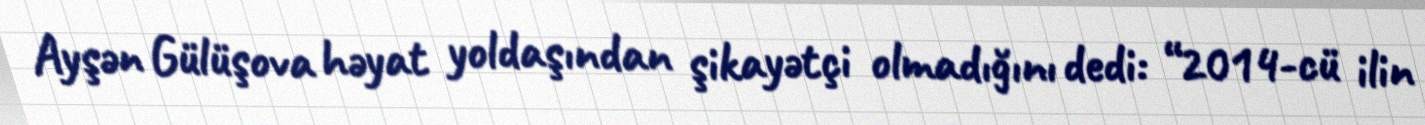
Ayşən Gülüşova həyat yoldaşından şikayətçi olmadığını dedi: “2014-cü ilin